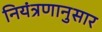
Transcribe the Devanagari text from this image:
नियंत्रणानुसार